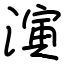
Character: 演